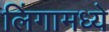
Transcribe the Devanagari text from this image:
लिंगामध्ये